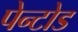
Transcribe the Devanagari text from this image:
पेन्टोड